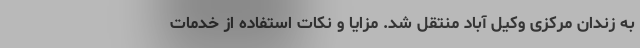
به زندان مرکزی وکیل آباد منتقل شد. مزایا و نکات استفاده از خدمات